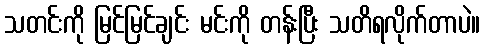
သတင်းကို မြင်မြင်ချင်း မင်းကို တန်းပြီး သတိရလိုက်တာပဲ။